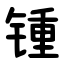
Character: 锺